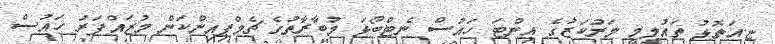
ޏ.އަތޮޅު ތައުލީމީ މަރުކަޒުގެ އިންޓަ ހައުސް ނެޓްބޯޅަ މުބާރާތުގެ ޗެމްޕިއިންކަން މުޒައްފަރު ހައުސް